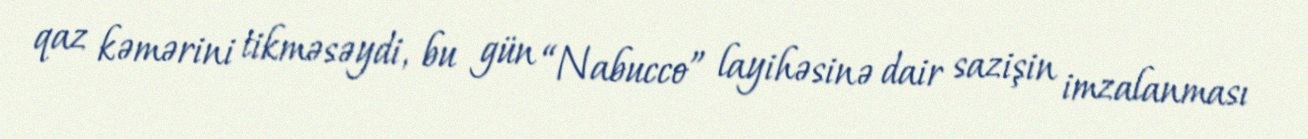
qaz kəmərini tikməsəydi, bu gün “Nabucco” layihəsinə dair sazişin imzalanması